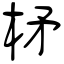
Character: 柕